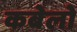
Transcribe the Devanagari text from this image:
कबेलो